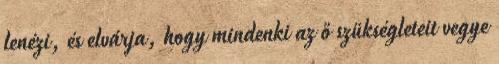
lenézi, és elvárja, hogy mindenki az ő szükségleteit vegye